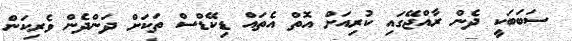
ސަބަބަކީ ދެން ރާއްޖޭގައި ކުރިއަށް އޮތް އެތައް ޑިކޭޑްސް ތަކަށް ދަންދެން ވެރިކަން